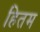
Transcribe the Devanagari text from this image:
हितम